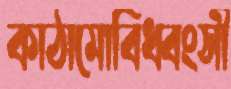
কাঠামোবিধ্বংসী